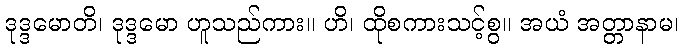
ဒုဒ္ဒမောတိ၊ ဒုဒ္ဒမော ဟူသည်ကား။ ဟိ၊ ထိုစကားသင့်စွ။ အယံ အတ္တာနာမ၊